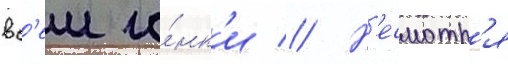
вс'еи го́нк'и // Н'есмотр'я